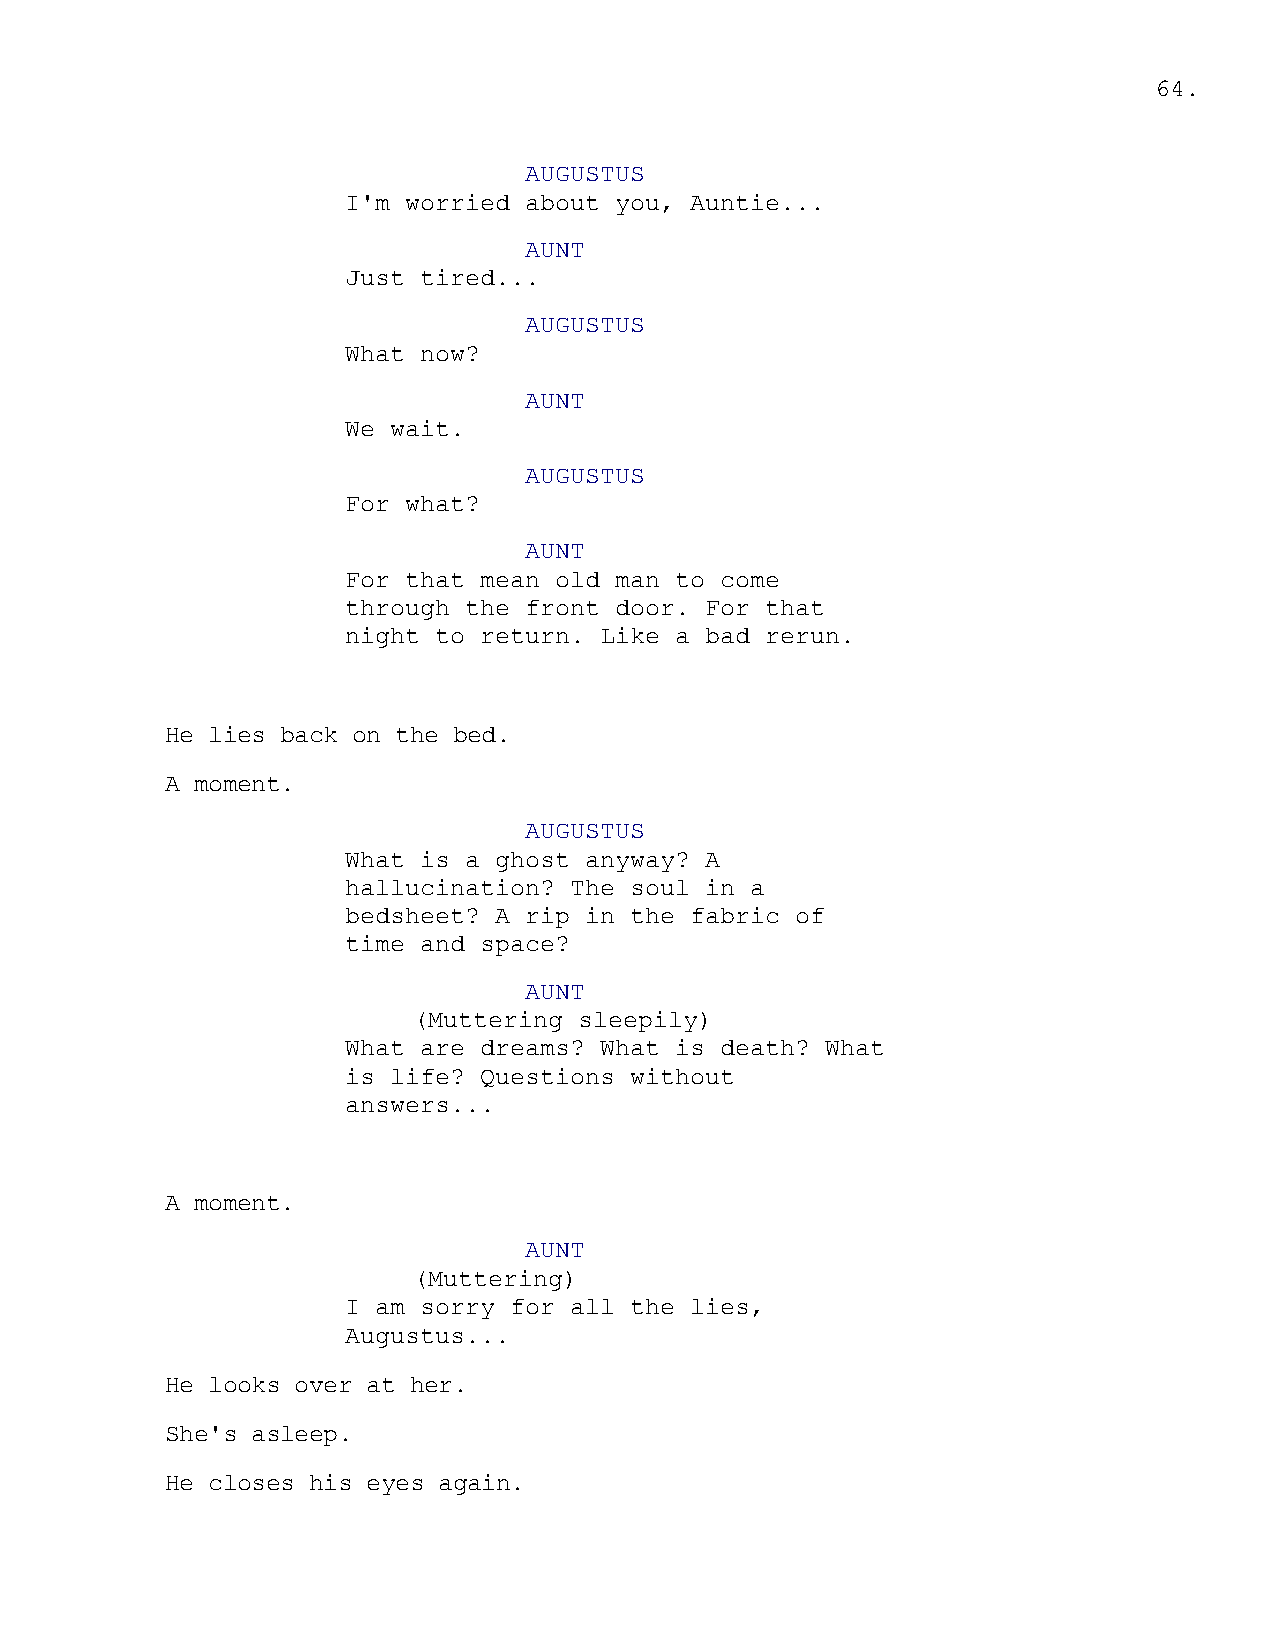
64.
 AUGUSTUS
 I'm worried about you, Auntie...
 AUNT
 Just tired...
 AUGUSTUS
 What now?
 AUNT
 We wait.
 AUGUSTUS
 For what?
 AUNT
 For that mean old man to come
 through the front door. For that
 night to return. Like a bad rerun.
 He lies back on the bed.
 A moment.
 AUGUSTUS
 What is a ghost anyway? A
 hallucination? The soul in a
 bedsheet? A rip in the fabric of
 time and space?
 AUNT
 (Muttering sleepily)
 What are dreams? What is death? What
 is life? Questions without
 answers...
 A moment.
 AUNT
 (Muttering)
 I am sorry for all the lies,
 Augustus...
 He looks over at her.
 She's asleep.
 He closes his eyes again.